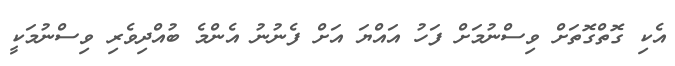
އެކި ގޮތްގޮތަށް ވިސްނުމަށް ފަހު އައްޔަ އަށް ފެނުނު އެންމެ ބުއްދިވެރި ވިސްނުމަކީ